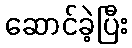
ဆောင်ခဲ့ပြီး